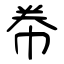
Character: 帣